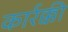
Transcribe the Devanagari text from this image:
कार्रक्की